Report on malaria in the Punjab during the year ...  together with an account of the work of the Punjab Malaria Bureau - Volume 4
Disease focus: Malaria
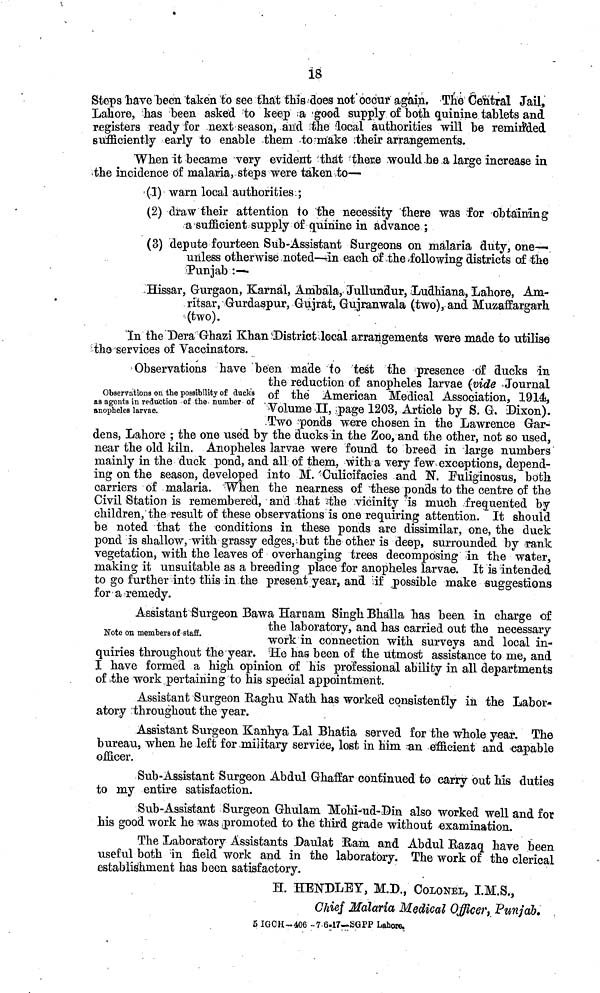
18
Steps have been taken to see that this dees not occur again. The Central Jail,
Lahore, has been asked to keep a good supply of both quinine tablets and
registers ready for next season, and the local authorities will be reminded
sufficiently early to enable them to make their arrangements.
When it became very evident that there would be a large increase in
the incidence of malaria, steps were taken to—
(1) warn local authorities.;
(2) draw their attention to the necessity there was for obtaining
a sufficient supply of quinine in advance ;
(3) depute fourteen Sub-Assistant Surgeons on malaria duty, one—
unless otherwise noted—in each of the following districts of the
'Punjab :—
Hissar, Gurgaon, Karnal, Ambala, Jullundur, Ludhiana, Lahore, Am-
ritsar, Gurdaspur, Gujrat, Gujranwala (two), and Muzaffargarh
(two).
In the Dera Ghazi Khan District local arrangements were made to utilise
the services of Vaccinators.
Observations on the possibility of clucks
as agents in redaction of the . number of
anopheles larvae.
Observations have been made to test the presence of ducks in
the reduction of anopheles larvae (vide Journal
of the American Medical Association, 1914,
Volume II, page 1203, Article by S. G. Dixon).
Two ponds were chosen in the Lawrence Gar-
dens, Lahore ; the one used by the ducks in the Zoo, and the other, not so used,
near the old kiln. Anopheles larvae were found to breed in large numbers
mainly in the duck pond, and all of them, with a very few exceptions, depend-
ing on the season, developed into M. Culicifaeies and N. Fuliginosus, both
carriers of malaria. When the nearness of these ponds to the centre of the
Civil Station is remembered, and that the vicinity is much frequented by
children, the result of these observations is one requiring attention. It should
be noted that the conditions in these ponds are dissimilar, one, the duck
pond is shallow, with grassy edges, but the other is deep, surrounded by rank
vegetation, with the leaves of overhanging trees decomposing in the water,
making it unsuitable as a breeding place for anopheles larvae. It is intended
to go further into this in the present year, and if possible make suggestions
for a remedy.
Note on members of staff.
Assistant Surgeon Bawa Harnam Singh Bhalla has been in charge of
the laboratory, and has carried out the necessary
work in connection with surveys and local in-
quiries throughout the year the has been of the utmost assistance to me, and
I have formed a high opinion of his professional ability in all departments
of the work pertaining to his special appointment.
Assistant Surgeon Raghu Nath has worked consistently in the Labor-
atory throughout the year.
Assistant Surgeon Kanhya Lal Bhatia served for the whole year. The
bureau, when he left for .military service, lost in him an efficient and capable
officer.
Sub-Assistant Surgeon Abdul Ghaffar continued to carry out his duties
to my entire satisfaction.
Sub-Assistant Surgeon Ghulam Mohi-ud-Din also worked well and for
his good work he was promoted to the third grade without examination.
The Laboratory Assistants Daulat Ram and Abdul Razaq have been
useful both in field work and in the laboratory. The work of the clerical
establishment has been satisfactory.
H. HENDLEY, M.D., COLONEL, I.M.S.,
Chief Malaria Medical Officer, Punjab.
5 IGCH-406 -7 6.17—SGPP Lahore.